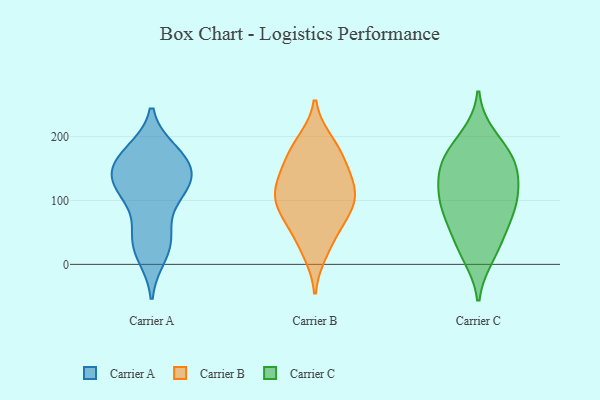
{"axis": {"x": "LTV (USD)", "y": "Value"}, "legend": ["Carrier A", "Carrier B", "Carrier C"], "data": [{"x": "", "y": 115, "type": "Carrier A"}, {"x": "", "y": 175, "type": "Carrier A"}, {"x": "", "y": 125, "type": "Carrier A"}, {"x": "", "y": 168, "type": "Carrier A"}, {"x": "", "y": 30, "type": "Carrier A"}, {"x": "", "y": 38, "type": "Carrier A"}, {"x": "", "y": 54, "type": "Carrier A"}, {"x": "", "y": 164, "type": "Carrier A"}, {"x": "", "y": 127, "type": "Carrier A"}, {"x": "", "y": 154, "type": "Carrier A"}, {"x": "", "y": 161, "type": "Carrier A"}, {"x": "", "y": 120, "type": "Carrier A"}, {"x": "", "y": 15, "type": "Carrier A"}, {"x": "", "y": 117, "type": "Carrier A"}, {"x": "", "y": 111, "type": "Carrier B"}, {"x": "", "y": 192, "type": "Carrier B"}, {"x": "", "y": 40, "type": "Carrier B"}, {"x": "", "y": 163, "type": "Carrier B"}, {"x": "", "y": 185, "type": "Carrier B"}, {"x": "", "y": 78, "type": "Carrier B"}, {"x": "", "y": 124, "type": "Carrier B"}, {"x": "", "y": 131, "type": "Carrier B"}, {"x": "", "y": 118, "type": "Carrier B"}, {"x": "", "y": 19, "type": "Carrier B"}, {"x": "", "y": 160, "type": "Carrier B"}, {"x": "", "y": 69, "type": "Carrier B"}, {"x": "", "y": 93, "type": "Carrier B"}, {"x": "", "y": 92, "type": "Carrier B"}, {"x": "", "y": 74, "type": "Carrier C"}, {"x": "", "y": 26, "type": "Carrier C"}, {"x": "", "y": 139, "type": "Carrier C"}, {"x": "", "y": 150, "type": "Carrier C"}, {"x": "", "y": 175, "type": "Carrier C"}, {"x": "", "y": 50, "type": "Carrier C"}, {"x": "", "y": 100, "type": "Carrier C"}, {"x": "", "y": 92, "type": "Carrier C"}, {"x": "", "y": 14, "type": "Carrier C"}, {"x": "", "y": 118, "type": "Carrier C"}, {"x": "", "y": 150, "type": "Carrier C"}, {"x": "", "y": 200, "type": "Carrier C"}, {"x": "", "y": 172, "type": "Carrier C"}, {"x": "", "y": 92, "type": "Carrier C"}]}